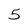
Character: 5